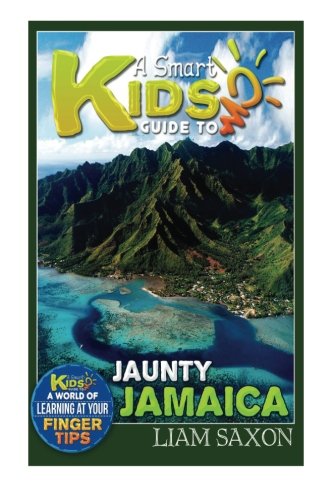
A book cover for A Smart Kids Guide To JAUNTY JAMAICA: A World Of Learning At Your Fingertips (Volume 1); Liam Saxon; Travel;